Treatise on elephants
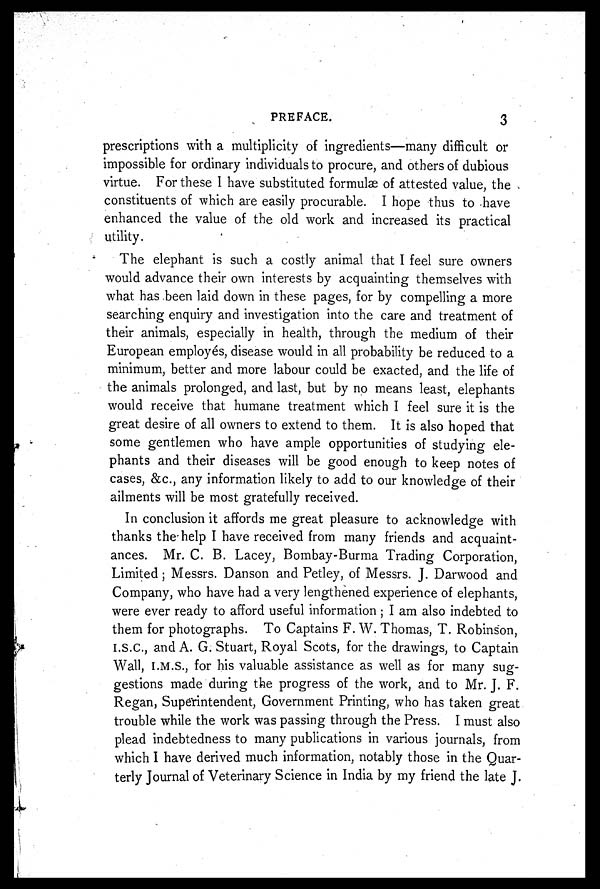
PREFACE.
3
prescriptions with a multiplicity of ingredients—many difficult or
impossible for ordinary individuals to procure, and others of dubious
virtue. For these I have substituted formulae of attested value, the
constituents of which are easily procurable. I hope thus to have
enhanced the value of the old work and increased its practical
utility.
The elephant is such a costly animal that I feel sure owners
would advance their own interests by acquainting themselves with
what has been laid down in these pages, for by compelling a more
searching enquiry and investigation into the care and treatment of
their animals, especially in health, through the medium of their
European employes, disease would in all probability be reduced to a
minimum, better and more labour could be exacted, and the life of
the animals prolonged, and last, but by no means least, elephants
would receive that humane treatment which I feel sure it is the
great desire of all owners to extend to them. It is also hoped that
some gentlemen who have ample opportunities of studying ele-
phants and their diseases will be good enough to keep notes of
cases, &c, any information likely to add to our knowledge of their
ailments will be most gratefully received.
In conclusion it affords me great pleasure to acknowledge with
thanks the help I have received from many friends and acquaint-
ances. Mr. C. B. Lacey, Bombay-Burma Trading Corporation,
Limited; Messrs. Danson and Petley, of Messrs. J. Darwood and
Company, who have had a very lengthened experience of elephants,
were ever ready to afford useful information ; I am also indebted to
them for photographs. To Captains F. W. Thomas, T. Robinson,
I.S.C., and A. G. Stuart, Royal Scots, for the drawings, to Captain
Wall, I.M.S., for his valuable assistance as well as for many sug-
gestions made during the progress of the work, and to Mr. J. F.
Regan, Superintendent, Government Printing, who has taken great
trouble while the work was passing through the Press. I must also
plead indebtedness to many publications in various journals, from
which I have derived much information, notably those in the Quar-
terly Journal of Veterinary Science in India by my friend the late J.